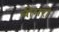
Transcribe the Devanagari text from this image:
बीमरो